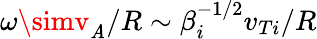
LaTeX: \omega\simv_{\mathit{A}}/R\sim\beta_{i}^{-1/2}v_{Ti}/R